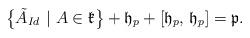
LaTeX: \begin{align*}\big{\{}\tilde{A}_{Id}~|~A\in\mathfrak{k}\big{\}}+\mathfrak{h}_{p}+[\mathfrak{h}_{p},\,\mathfrak{h}_{p}]=\mathfrak{p}.\end{align*}